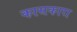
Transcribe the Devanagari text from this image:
कासकारा